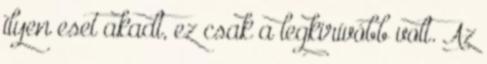
ilyen eset akadt, ez csak a legkirívóbb volt. Az